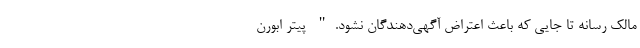
مالک رسانه تا جایی که باعث اعتراض آگهی‌دهندگان نشود." پیتر اُبورن